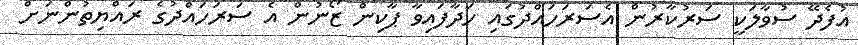
އުފެދޭ ސުވާލަކީ ސަރުކާރުން އެސަރަހައްދުގައި ހަދާފައިވާ ޕާކިން ޒޯނުން އެ ސަރަހައްދުގެ ރައްޔިތުންނަށް